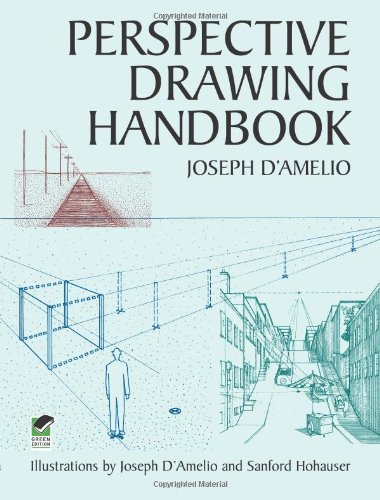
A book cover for Perspective Drawing Handbook (Dover Art Instruction); Joseph D'Amelio; Arts & Photography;